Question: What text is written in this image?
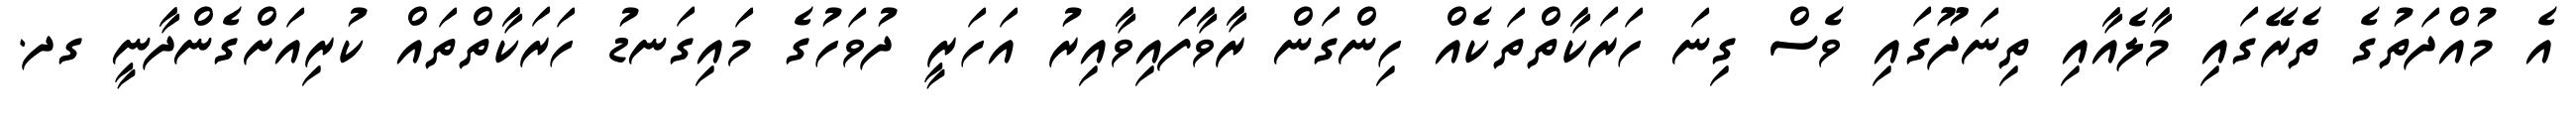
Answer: އެ މުއްދަތުގެ ތެރޭގައި މާލެއާއި ތިނަދޫގައި ވެސް ގިނަ ހަރަކާތްތަކެއް ހިންގަން ރާވާފައިވާއިރު އަހަރީ ދުވަހުގެ މައިގަނޑު ހަރަކާތްތައް ކުރިއަށްގެންދާނީ ގދ.